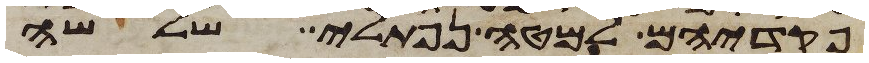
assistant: פקדיהם למטה נפתלי שלשה